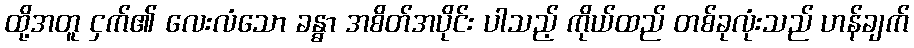
ထို့အတူ ငှက်၏ လေးလံသော ခန္ဓာ အစိတ်အပိုင်း ပါသည့် ကိုယ်ထည် တစ်ခုလုံးသည် ဟန်ချက်